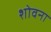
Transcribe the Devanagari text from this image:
शोवना